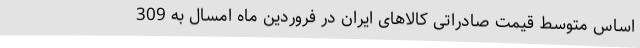
اساس متوسط قیمت صادراتی کالاهای ایران در فروردین ماه امسال به 309